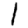
Digit: 1